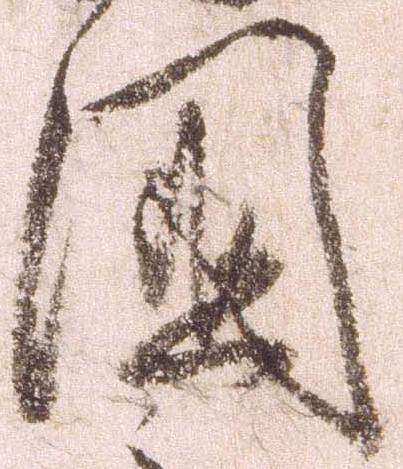
国